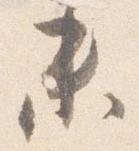
未